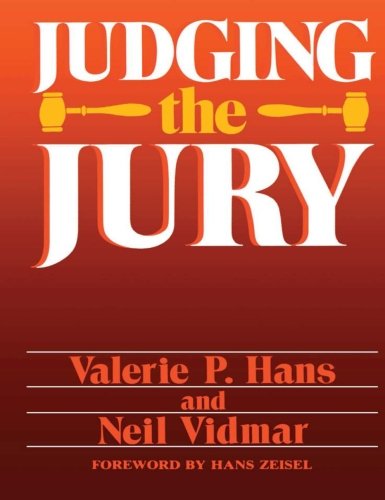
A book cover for Judging The Jury; Valerie P. Hans; Law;